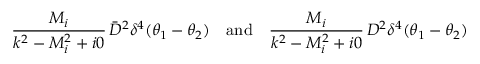
\frac { M _ { i } } { k ^ { 2 } - M _ { i } ^ { 2 } + i 0 } \, \bar { D } ^ { 2 } \delta ^ { 4 } ( \theta _ { 1 } - \theta _ { 2 } ) \quad \mathrm { a n d } \quad \frac { M _ { i } } { k ^ { 2 } - M _ { i } ^ { 2 } + i 0 } \, D ^ { 2 } \delta ^ { 4 } ( \theta _ { 1 } - \theta _ { 2 } )